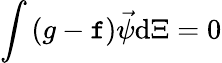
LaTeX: \int{(g-\mathtt{f})\vec{{\psi}}\mathrm{{d}}\Xi}=0